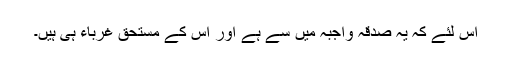
اس لئے کہ یہ صدقہ واجبہ میں سے ہے اور اس کے مستحق غرباء ہی ہیں۔